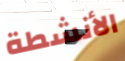
الأنشطة